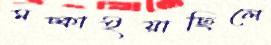
মচ্‌কাইয়াছিলে